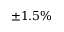
\pm 1 . 5 \%